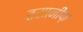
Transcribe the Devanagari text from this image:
तसानीफ़